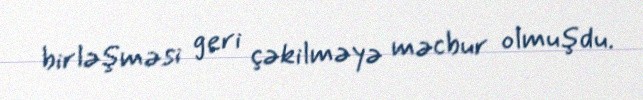
birləşməsi geri çəkilməyə məcbur olmuşdu.